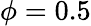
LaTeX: \phi=0.5